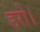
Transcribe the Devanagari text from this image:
डरो।